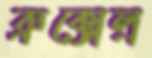
ব্রুক্সেল্র